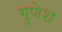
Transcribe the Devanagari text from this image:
गुणेश